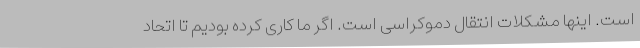
است. اینها مشکلات انتقال دموکراسی است. اگر ما کاری کرده بودیم تا اتحاد